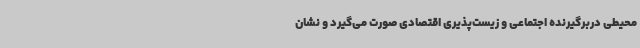
محیطی دربرگیرنده اجتماعی و زیست‌پذیری اقتصادی صورت می‌گیرد و نشان